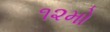
૧૨મો